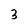
Character: 3